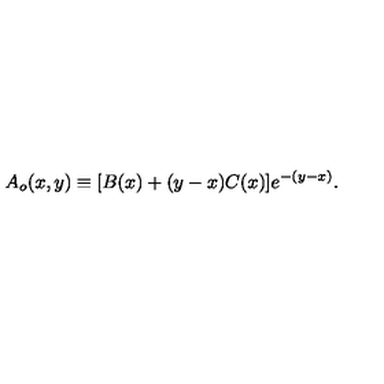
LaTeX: A _ { o } ( x , y ) \equiv [ B ( x ) + ( y - x ) C ( x ) ] e ^ { - ( y - x ) } .